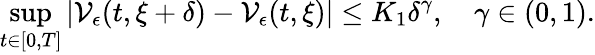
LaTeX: \operatorname*{sup}_{t\in[0,T]}|\mathcal{V}_{\epsilon}(t,\xi+\delta)-\mathcal{V}_{\epsilon}(t,\xi)|\leq K_{1}\delta^{\gamma},\quad\gamma\in(0,1).